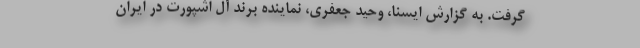
گرفت. به گزارش ایسنا، وحید جعفری، نماینده برند آل اشپورت در ایران